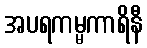
အပရကမ္မကာရိနီ